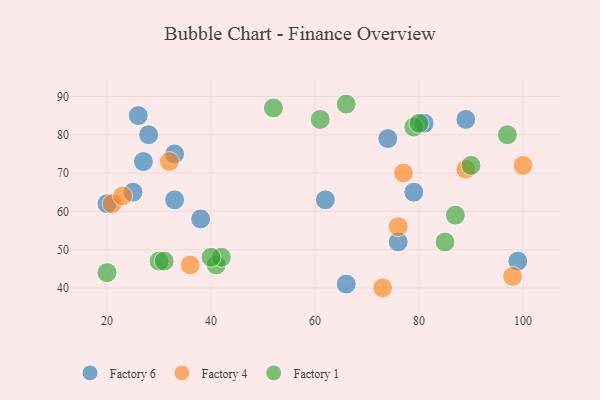
{"axis": {"x": "GDP", "y": "Life Expectancy"}, "legend": ["Factory 1", "Factory 4", "Factory 6"], "data": [{"x": "66", "y": 41, "type": "Factory 6"}, {"x": "26", "y": 85, "type": "Factory 6"}, {"x": "76", "y": 52, "type": "Factory 6"}, {"x": "62", "y": 63, "type": "Factory 6"}, {"x": "74", "y": 79, "type": "Factory 6"}, {"x": "28", "y": 80, "type": "Factory 6"}, {"x": "99", "y": 47, "type": "Factory 6"}, {"x": "79", "y": 65, "type": "Factory 6"}, {"x": "20", "y": 62, "type": "Factory 6"}, {"x": "33", "y": 75, "type": "Factory 6"}, {"x": "89", "y": 84, "type": "Factory 6"}, {"x": "27", "y": 73, "type": "Factory 6"}, {"x": "38", "y": 58, "type": "Factory 6"}, {"x": "25", "y": 65, "type": "Factory 6"}, {"x": "81", "y": 83, "type": "Factory 6"}, {"x": "33", "y": 63, "type": "Factory 6"}, {"x": "100", "y": 72, "type": "Factory 4"}, {"x": "21", "y": 62, "type": "Factory 4"}, {"x": "77", "y": 70, "type": "Factory 4"}, {"x": "98", "y": 43, "type": "Factory 4"}, {"x": "36", "y": 46, "type": "Factory 4"}, {"x": "73", "y": 40, "type": "Factory 4"}, {"x": "89", "y": 71, "type": "Factory 4"}, {"x": "76", "y": 56, "type": "Factory 4"}, {"x": "23", "y": 64, "type": "Factory 4"}, {"x": "32", "y": 73, "type": "Factory 4"}, {"x": "41", "y": 46, "type": "Factory 1"}, {"x": "42", "y": 48, "type": "Factory 1"}, {"x": "79", "y": 82, "type": "Factory 1"}, {"x": "80", "y": 83, "type": "Factory 1"}, {"x": "85", "y": 52, "type": "Factory 1"}, {"x": "20", "y": 44, "type": "Factory 1"}, {"x": "30", "y": 47, "type": "Factory 1"}, {"x": "97", "y": 80, "type": "Factory 1"}, {"x": "52", "y": 87, "type": "Factory 1"}, {"x": "61", "y": 84, "type": "Factory 1"}, {"x": "66", "y": 88, "type": "Factory 1"}, {"x": "90", "y": 72, "type": "Factory 1"}, {"x": "31", "y": 47, "type": "Factory 1"}, {"x": "87", "y": 59, "type": "Factory 1"}, {"x": "40", "y": 48, "type": "Factory 1"}]}